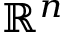
\mathbb { R } ^ { n }